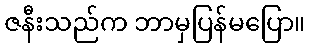
ဇနီးသည်က ဘာမှပြန်မပြော။